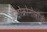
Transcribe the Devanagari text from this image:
डेन्ड्रोक्रोनोलॉजी